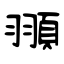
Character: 頨